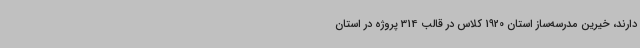
دارند، خیرین مدرسه‌ساز استان 1920 کلاس در قالب 314 پروژه در استان